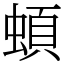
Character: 蝢